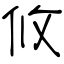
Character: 攸